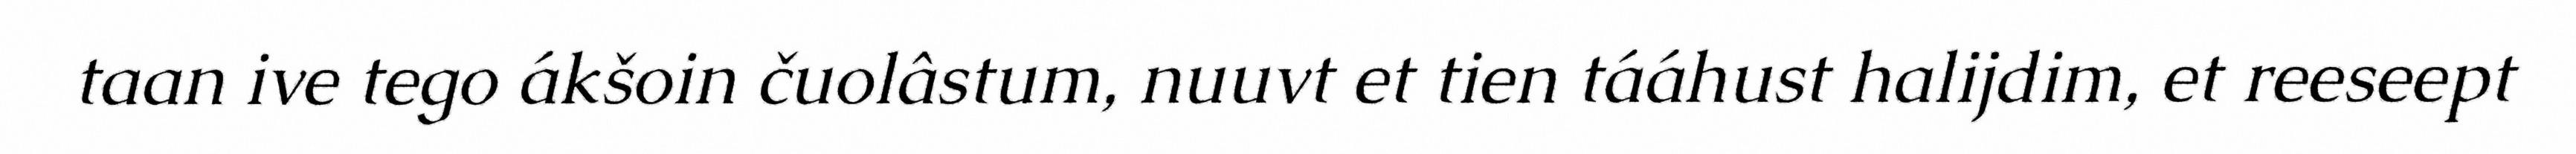
taan ive tego ákšoin čuolâstum, nuuvt et tien tááhust halijdim, et reeseept